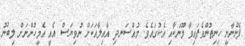
ފެންނާނީ ހިނިތުންވެފައިވާ މޫނަކާއި އެކުގައެެވެ. މުއްސަނދި އާއިލާއަކަށް ނުވިޔަސް އެއީ އެމީހުންނަށް ލިބުނު